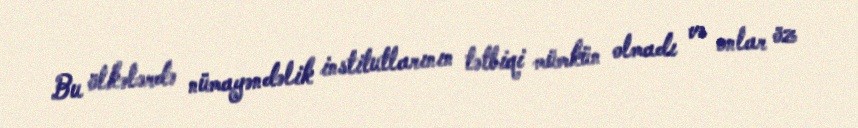
Bu ölkələrdə nümayəndəlik institutlarının tətbiqi mümkün olmadı və onlar öz